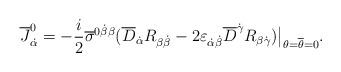
LaTeX: \begin{align*}\overline J_{\dot\alpha}^0 =-{i\over2}\overline\sigma^{0\dot\beta\beta} (\overline D_{\dot\alpha}R_{\beta\dot\beta} -2\varepsilon_{\dot\alpha\dot\beta}\overline D^{\dot\gamma} R_{\beta\dot\gamma})\bigr|_{\theta=\overline\theta=0}.\end{align*}